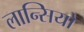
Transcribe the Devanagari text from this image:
लान्सियो